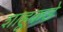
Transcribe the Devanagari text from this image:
शाहूकडे